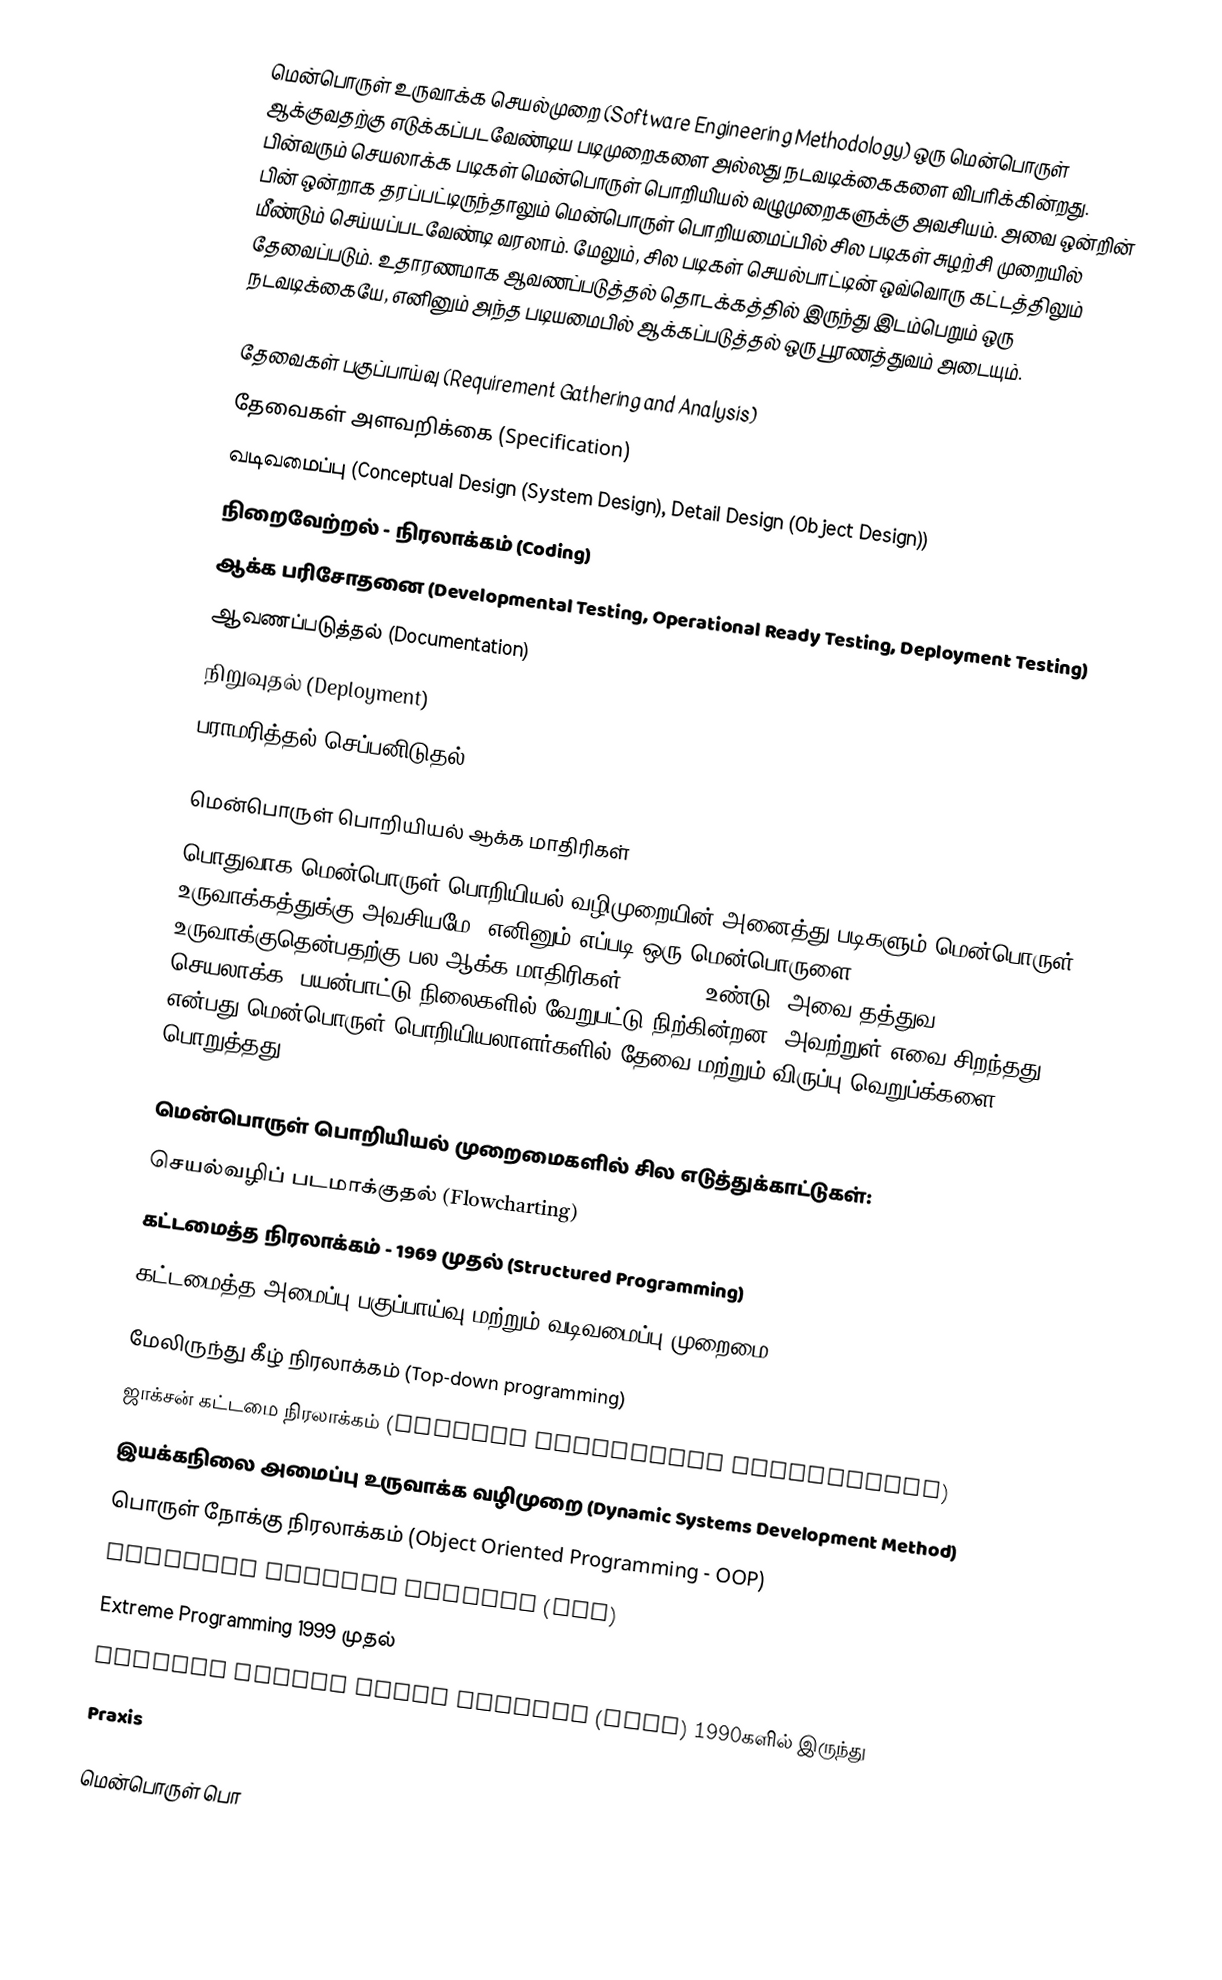
மென்பொருள் உருவாக்க செயல்முறை (Software Engineering Methodology) ஒரு மென்பொருள் ஆக்குவதற்கு எடுக்கப்படவேண்டிய படிமுறைகளை அல்லது நடவடிக்கைகளை விபரிக்கின்றது. பின்வரும் செயலாக்க படிகள் மென்பொருள் பொறியியல் வழுமுறைகளுக்கு அவசியம். அவை ஒன்றின் பின் ஒன்றாக தரப்பட்டிருந்தாலும் மென்பொருள் பொறியமைப்பில் சில படிகள் சுழற்சி முறையில் மீண்டும் செய்யப்படவேண்டி வரலாம். மேலும், சில படிகள் செயல்பாட்டின் ஒவ்வொரு கட்டத்திலும் தேவைப்படும். உதாரணமாக ஆவணப்படுத்தல் தொடக்கத்தில் இருந்து இடம்பெறும் ஒரு நடவடிக்கையே, எனினும் அந்த படியமைபில் ஆக்கப்படுத்தல் ஒரு பூரணத்துவம் அடையும்.

 தேவைகள் பகுப்பாய்வு (Requirement Gathering and Analysis)
 தேவைகள் அளவறிக்கை (Specification)
 வடிவமைப்பு (Conceptual Design (System Design), Detail Design (Object Design))
 நிறைவேற்றல் - நிரலாக்கம் (Coding)
 ஆக்க பரிசோதனை (Developmental Testing, Operational Ready Testing, Deployment Testing)
 ஆவணப்படுத்தல் (Documentation)
 நிறுவுதல் (Deployment)
  பராமரித்தல்/செப்பனிடுதல் (Maintenance)

மென்பொருள் பொறியியல் ஆக்க மாதிரிகள்
பொதுவாக மென்பொருள் பொறியியல் வழிமுறையின் அனைத்து படிகளும் மென்பொருள் உருவாக்கத்துக்கு அவசியமே. எனினும் எப்படி ஒரு மென்பொருளை உருவாக்குதென்பதற்கு பல ஆக்க மாதிரிகள் (Models) உண்டு. அவை தத்துவ, செயலாக்க, பயன்பாட்டு நிலைகளில் வேறுபட்டு நிற்கின்றன. அவற்றுள் எவை சிறந்தது என்பது மென்பொருள் பொறியியலாளர்களில் தேவை மற்றும் விருப்பு வெறுப்க்களை பொறுத்தது.

மென்பொருள் பொறியியல் முறைமைகளில் சில எடுத்துக்காட்டுகள்:
 செயல்வழிப் படமாக்குதல் (Flowcharting)
 கட்டமைத்த நிரலாக்கம் - 1969 முதல் (Structured Programming)
 கட்டமைத்த அமைப்பு பகுப்பாய்வு மற்றும் வடிவமைப்பு முறைமை (Structured Systems Analysis and Design Methodology - SSADM)
 மேலிருந்து கீழ் நிரலாக்கம் (Top-down programming)
 ஜாக்சன் கட்டமை நிரலாக்கம் (Jackson Structured Programming)
 இயக்கநிலை அமைப்பு உருவாக்க வழிமுறை (Dynamic Systems Development Method)
 பொருள் நோக்கு நிரலாக்கம் (Object Oriented Programming - OOP)
 Rational Unified Process (RUP)
 Extreme Programming 1999 முதல்
 Virtual finite state machine (VFSM) 1990களில் இருந்து
 Praxis

மென்பொருள் பொ